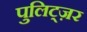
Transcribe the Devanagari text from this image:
पुलिट्ज़र